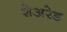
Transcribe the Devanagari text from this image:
शेअरेड